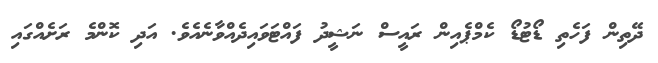
ދޭތިން ފަހެތި ޑޯޓުޑޯ ކެމްޕެއިން ރައީސް ނަޝީދު ފައްޓަވައިދެއްވާނެއެވެ. އަދި ކޮންމެ ރަށެއްގައި